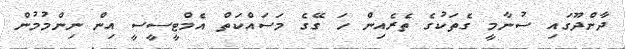
ދާންދޫގައި ސުނާމީ ގެތަކުގެ ތެރެއިން ހަ ގޭގެ މަސައްކަތް އެމްޓީސީސީ އިން ނިންމުމުން